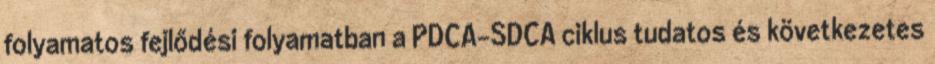
folyamatos fejlődési folyamatban a PDCA-SDCA ciklus tudatos és következetes